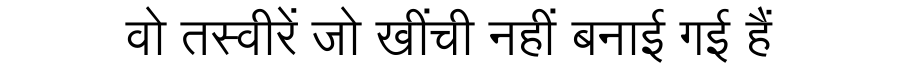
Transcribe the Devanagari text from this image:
वो तस्वीरें जो खींची नहीं बनाई गई हैं